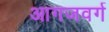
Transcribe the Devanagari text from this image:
आगजवर्ग